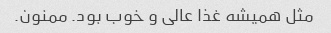
مثل همیشه غذا عالی و خوب بود. ممنون.